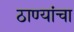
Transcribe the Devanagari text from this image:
ठाण्यांचा